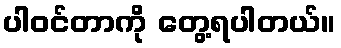
ပါဝင်တာကို တွေ့ရပါတယ်။